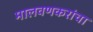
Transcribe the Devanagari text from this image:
मालवणकरांचा